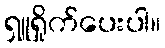
ရှူရှိုက်ပေးပါ။